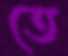
তে